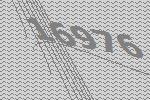
16976